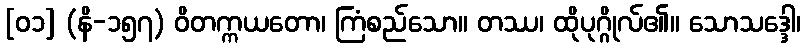
[၀၁] (နိ-၁၅၇) ဝိတက္ကယတော၊ ကြံစည်သော။ တဿ၊ ထိုပုဂ္ဂိုလ်၏။ သောသဒ္ဒေါ၊